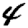
Digit: 4